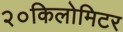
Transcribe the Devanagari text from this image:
२०किलोमिटर